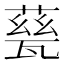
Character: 甆